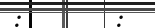
:        :